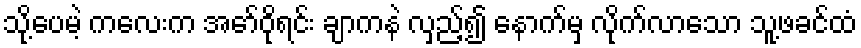
သို့ပေမဲ့ ကလေးက အော်ဝိုရင်း ချာကနဲ လှည့်၍ နောက်မှ လိုက်လာသော သူ့ဖခင်ထံ